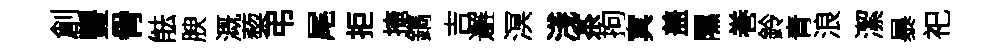
創豐骨䏻腴溉蔾弔尾拒掩鐫吉邂溟淺茶拘㝠盖隰巻鈴青浪潔暴祀